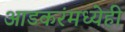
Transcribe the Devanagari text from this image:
आडकरंमध्येही